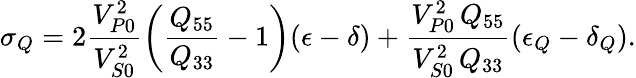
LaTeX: \sigma_{Q}=2\frac{V_{P0}^{2}}{V_{S0}^{2}}\left(\frac{Q_{55}}{Q_{33}}-1\right)(\epsilon-\delta)+\frac{V_{P0}^{2}\, Q_{55}}{V_{S0}^{2}\, Q_{33}}(\epsilon_{Q}-\delta_{Q}).